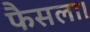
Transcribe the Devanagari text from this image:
फैसला।